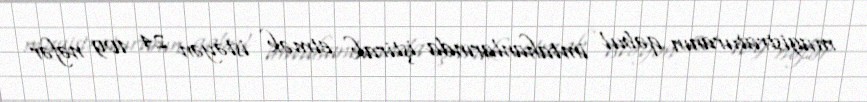
magistraturanın qəbul imtahanlarında iştirak etmək istəyən 24 109 nəfər